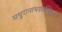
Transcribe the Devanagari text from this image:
मथुरानाथशास्त्रिकृत